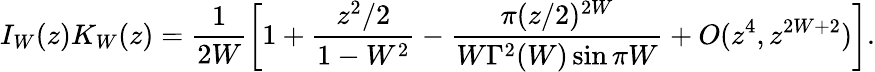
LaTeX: I_{W}(z)K_{W}(z)=\frac{1}{2W}\left[1+\frac{z^{2}/2}{1-W^{2}}-\frac{\pi(z/2)^{2W}}{W\Gamma^{2}(W)\sin\pi W}+O(z^{4},z^{2W+2})\right].